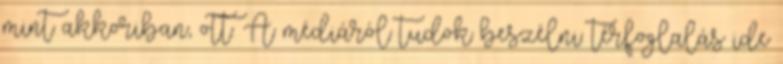
mint akkoriban, ott. A médiáról tudok beszélni: térfoglalás ide